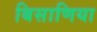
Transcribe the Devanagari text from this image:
बिसाणिया